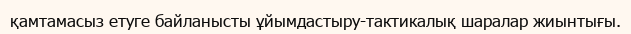
қамтамасыз етуге байланысты ұйымдастыру-тактикалық шаралар жиынтығы.